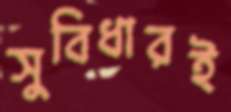
সুবিধারই